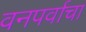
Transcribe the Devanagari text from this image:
वनपर्वाचा